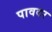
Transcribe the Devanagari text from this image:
पावदर